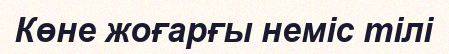
Көне жоғарғы неміс тілі